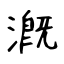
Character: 漑